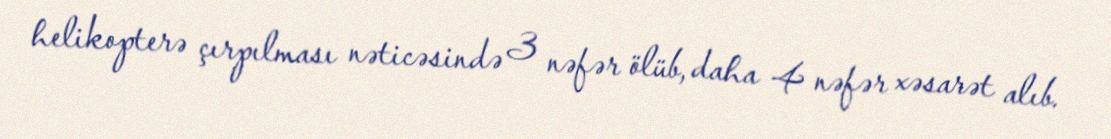
helikopterə çırpılması nəticəsində 3 nəfər ölüb, daha 4 nəfər xəsarət alıb.